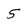
Character: 5